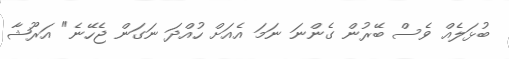
ބުޅަލެއް ވެސް ބޭރުން ގެންނަ ނަމަ އެއަށް ހުއްދަ ނަގަން ޖެހޭނެ" އަރޫޝާ